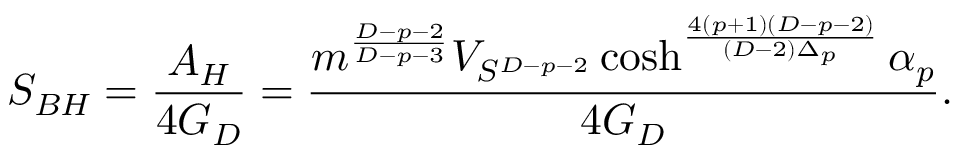
S _ { B H } = { \frac { A _ { H } } { 4 G _ { D } } } = { \frac { m ^ { \frac { D - p - 2 } { D - p - 3 } } V _ { S ^ { D - p - 2 } } \cosh ^ { \frac { 4 ( p + 1 ) ( D - p - 2 ) } { ( D - 2 ) \Delta _ { p } } } \alpha _ { p } } { 4 G _ { D } } } .